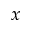
x